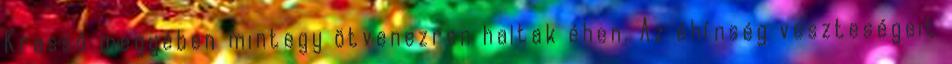
Krassó megyében mintegy ötvenezren haltak éhen. Az éhínség veszteségeit